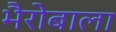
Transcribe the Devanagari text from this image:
भैरोबाला